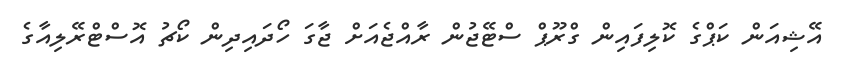
އޭޝިއަން ކަޕްގެ ކޮލިފައިން ގްރޫޕް ސްޓޭޖުން ރާއްޖެއަށް ޖާގަ ހޯދައިދިން ކޯޗު އޮސްޓްރޭލިއާގެ